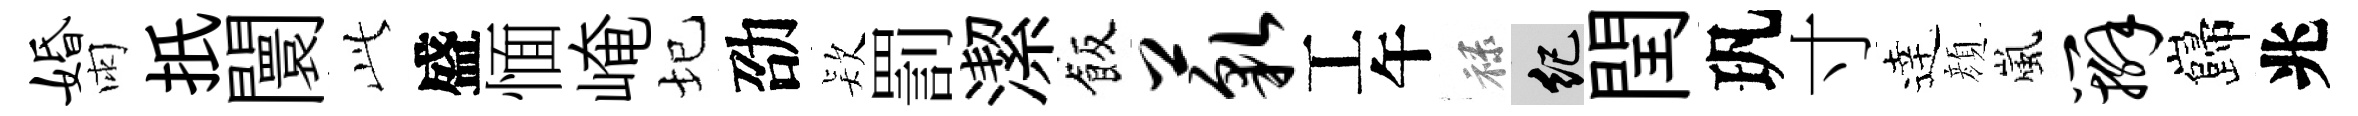
婚雨扺闤𬼘盛愐崦圮劭𣣇罰潔飯藐工午禄紀閏㺬寸逹顔嵐辫巋兆